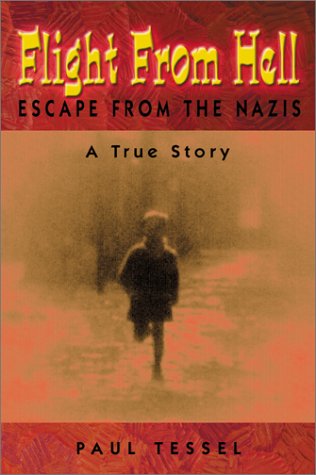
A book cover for Flight from Hell: Escape from the Nazis--A True Story; Paul Tessel; Biographies & Memoirs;